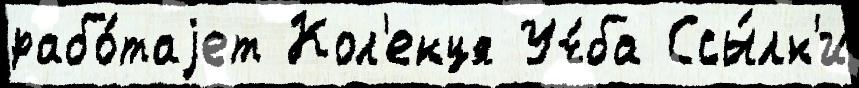
рабо́таjет Кол'екця Уч́ба Ссы́лк'и